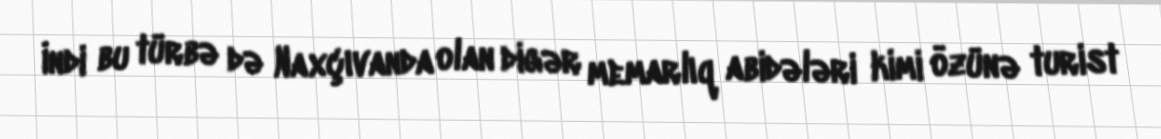
İndi bu türbə də Naxçıvanda olan digər memarlıq abidələri kimi özünə turist